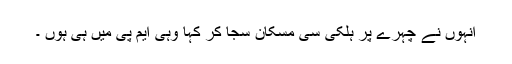
انہوں نے چہرے پر ہلکی سی مسکان سجا کر کہا وہی ایم پی میں ہی ہوں ۔